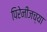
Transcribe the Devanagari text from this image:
पिरेनीजच्या